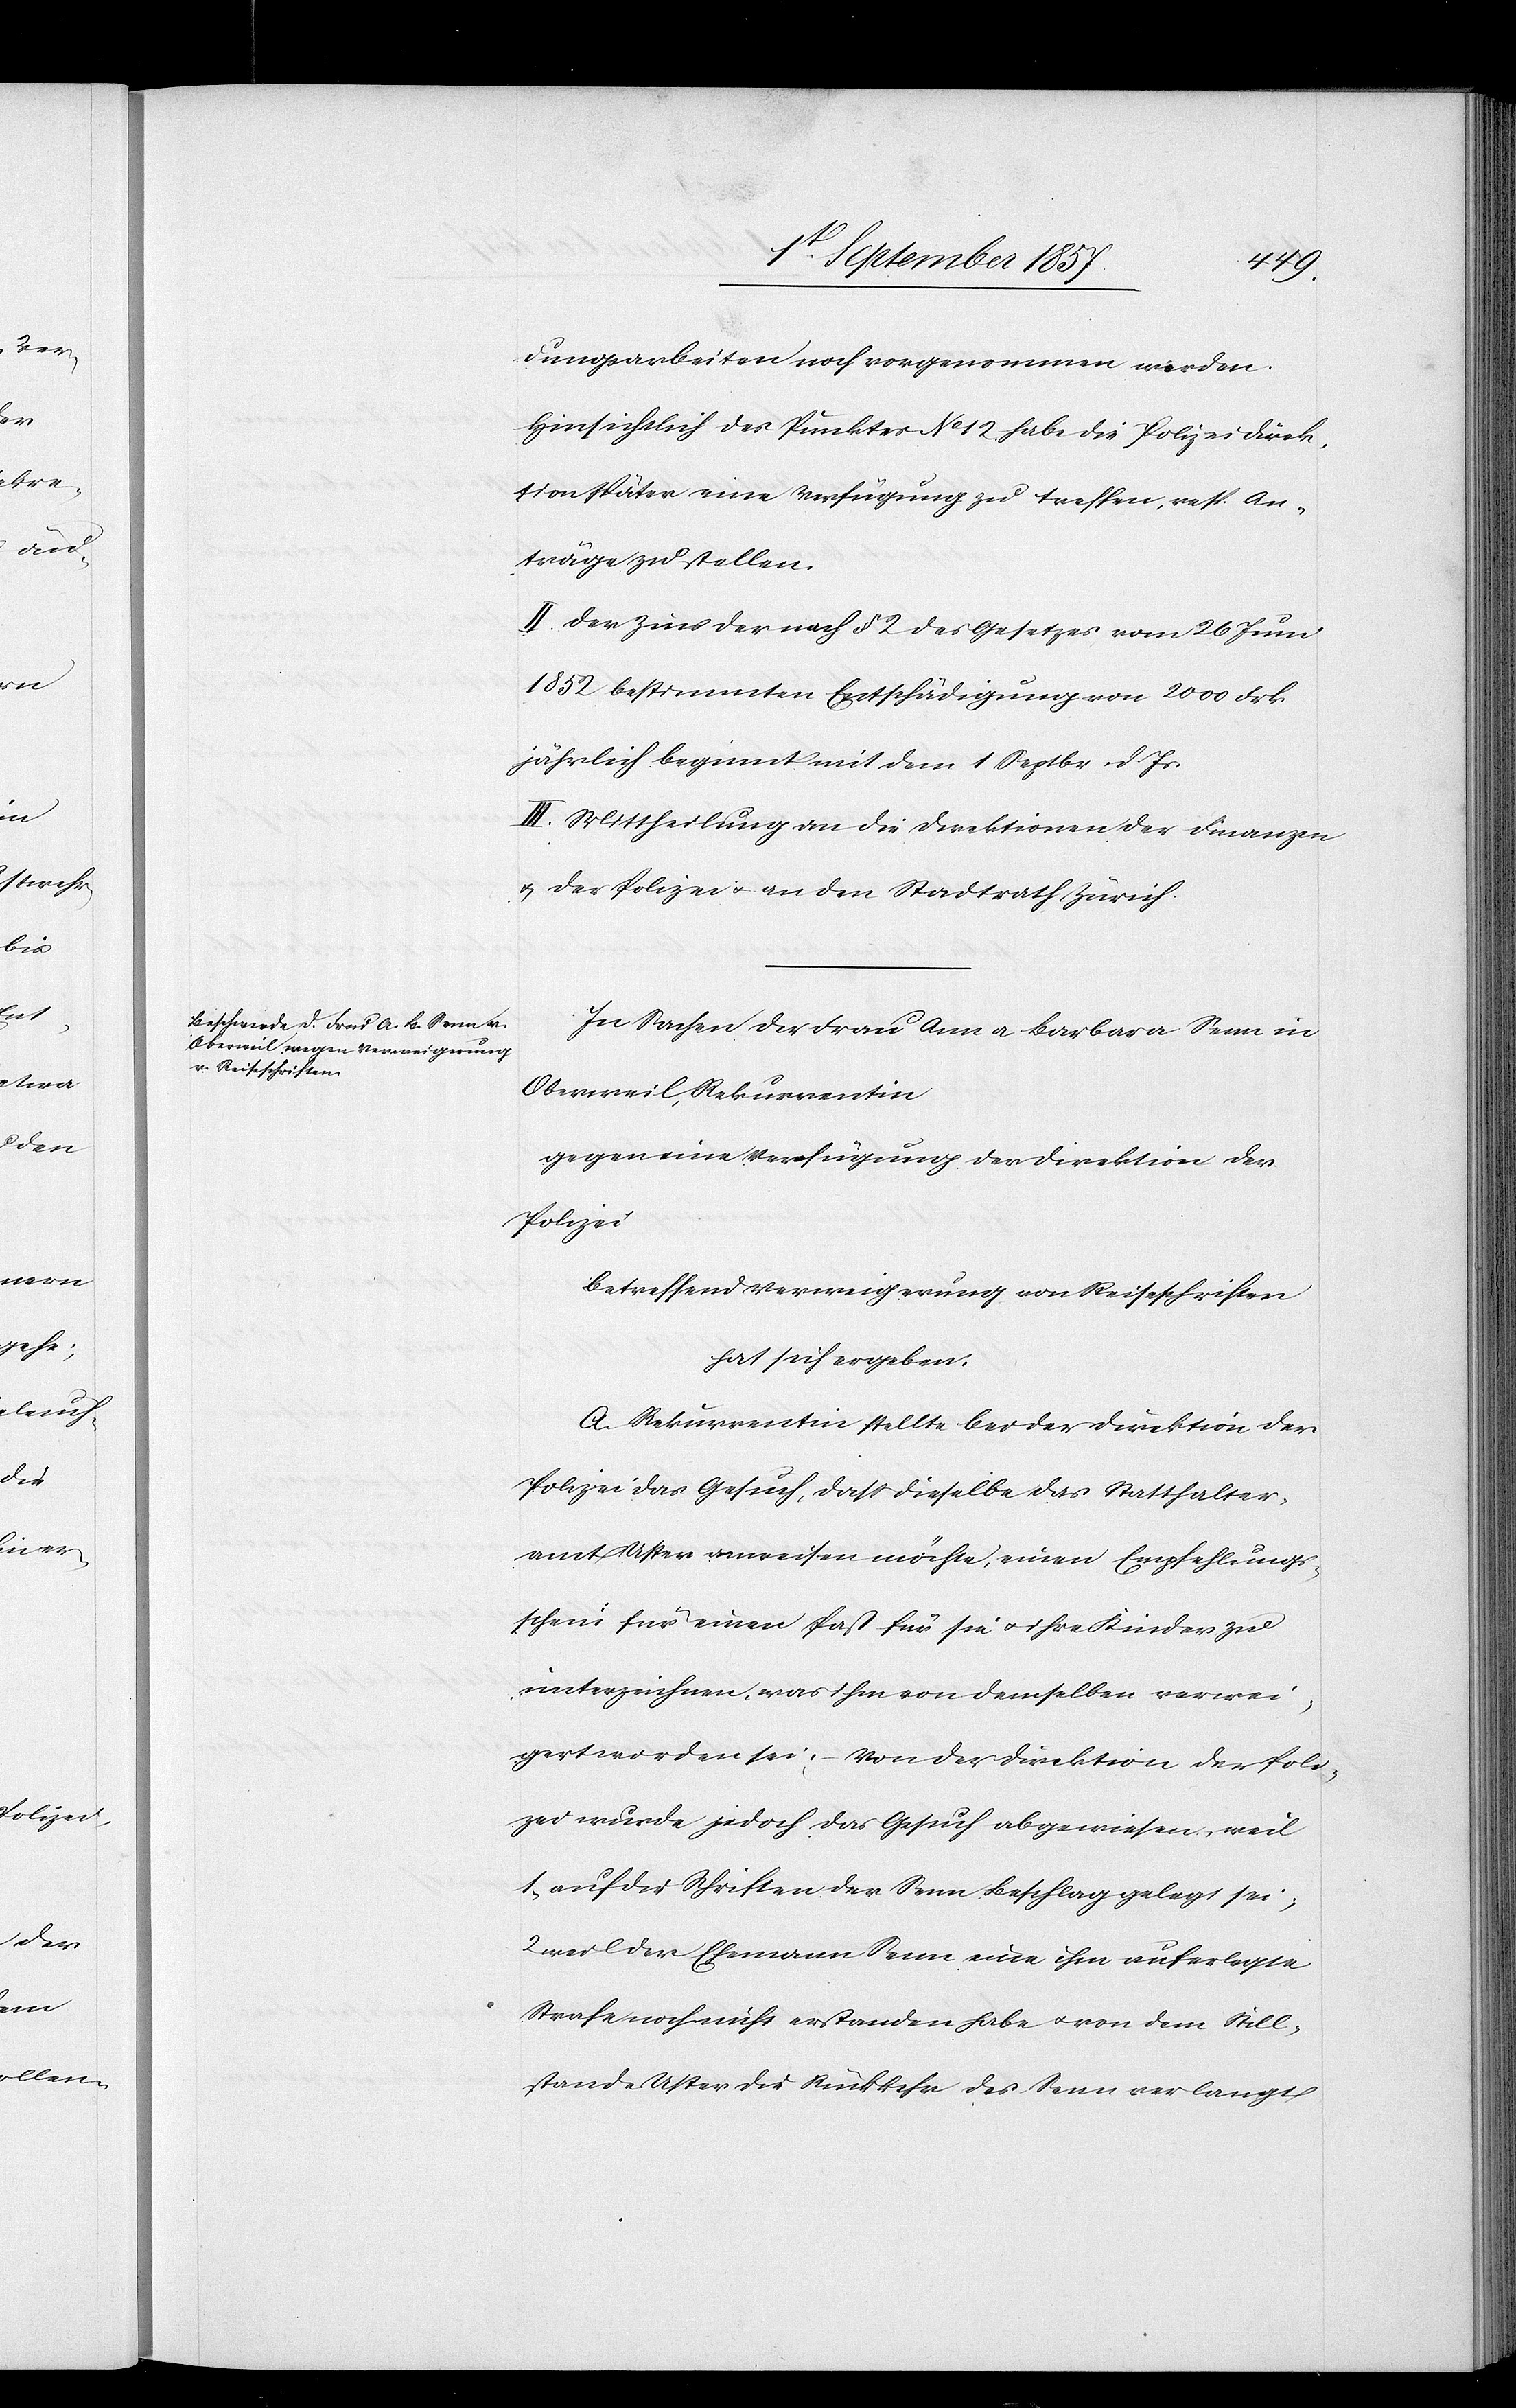
dungsarbeiten noch vorgenommen werden.
Hinsichtlich des Punktes No 12 habe die Polizeidirek¬
tion später eine Verfügung zu treffen, resp. An¬
träge zu stellen.
II. Der Zins der nach § 2 des Gesetzes vom 26 Juni
1852 bestimmten Entschädigungen von 2000 Frk.
jährlich beginnt mit dem 1 Septbr. d. Js.
III. Mittheilung an die Direktion der Finanzen
u. der Polizei & an den Stadtrath Zürich.
In Sachen der Frau Ann & Barbara Senn in
Oberweil, Rekurrentin
gegen eine Verfügung der Direktion der
Polizei,
betreffend Verweigerung von Reiseschriften
hat sich ergeben:
A. Rekurrentin stellte bei der Direktion der
Polizei das Gesuch, daß dieselbe das Statthalter¬
amt Uster anweisen möchte, einen Empfehlungs¬
schein für einen Pass für sie & ihre Kinder zu
unterzeichnen, was ihm von demselben verwei¬
gert worden sei, – Von der Direktion der Poli¬
zei wurde jedoch das Gesuch abgewiesen, weil
1, auf die Schrift der Senn Beschlag gelegt sei;
weil der Ehemann Senn eine ihm auferlegte
Strafe noch nicht erstanden habe & von dem Still¬
stande Uster die Rückkehr des Senn verlangt